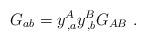
LaTeX: \begin{align*}G_{ab}=y^{A}_{\,,a}y^{B}_{\,,b}G_{AB}~. \end{align*}